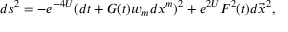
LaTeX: d s ^ { 2 } = - e ^ { - 4 U } ( d t + G ( t ) w _ { m } d x ^ { m } ) ^ { 2 } + e ^ { 2 U } F ^ { 2 } ( t ) d \vec { x } ^ { 2 } ,